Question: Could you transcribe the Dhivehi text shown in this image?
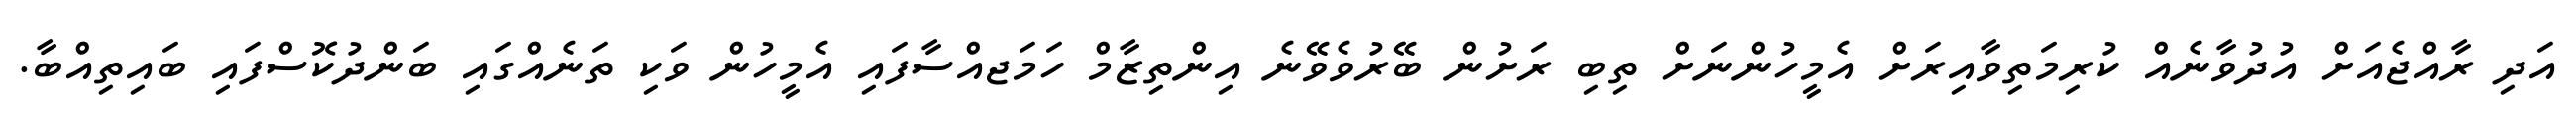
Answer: އަދި ރާއްޖެއަށް އުދުވާނެއް ކުރިމަތިވާއިރަށް އެމީހުންނަށް ތިބި ރަށުން ބޭރުވެވޭނެ އިންތިޒާމް ހަމަޖއްސާފައި އެމީހުން ވަކި ތަނެއްގައި ބަންދުކޮސްފައި ބައިތިއްބާ.